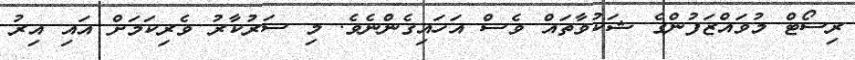
ރިސޯޓް މުވައްޒަފުންގެ ޝަކުވާތައް ވެސް އަހައިގެންނެވެ. މި ސަރުކާރު ވެރިކަމަށް އައި އިރު